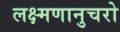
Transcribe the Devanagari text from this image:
लक्ष्मणानुचरो